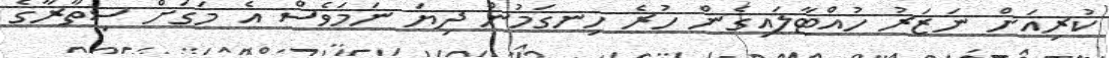
ކުރިއަށް ނަޒަރު ހުއްޓާލައިގެން ހުރެ ހިނގަމުން ދިޔަ ނަމަވެސް އެ މަގަށް ސިތާރާގެ